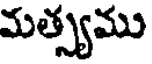
మత్స్యము